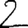
Digit: 2